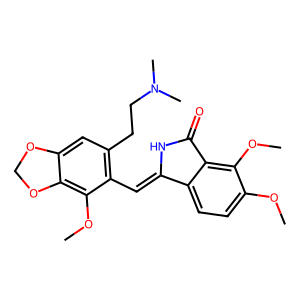
SMILES: COc1ccc2c(c1OC)C(=O)NC2=Cc1c(CCN(C)C)cc2c(c1OC)OCO2
Inhibits HIV replication: No